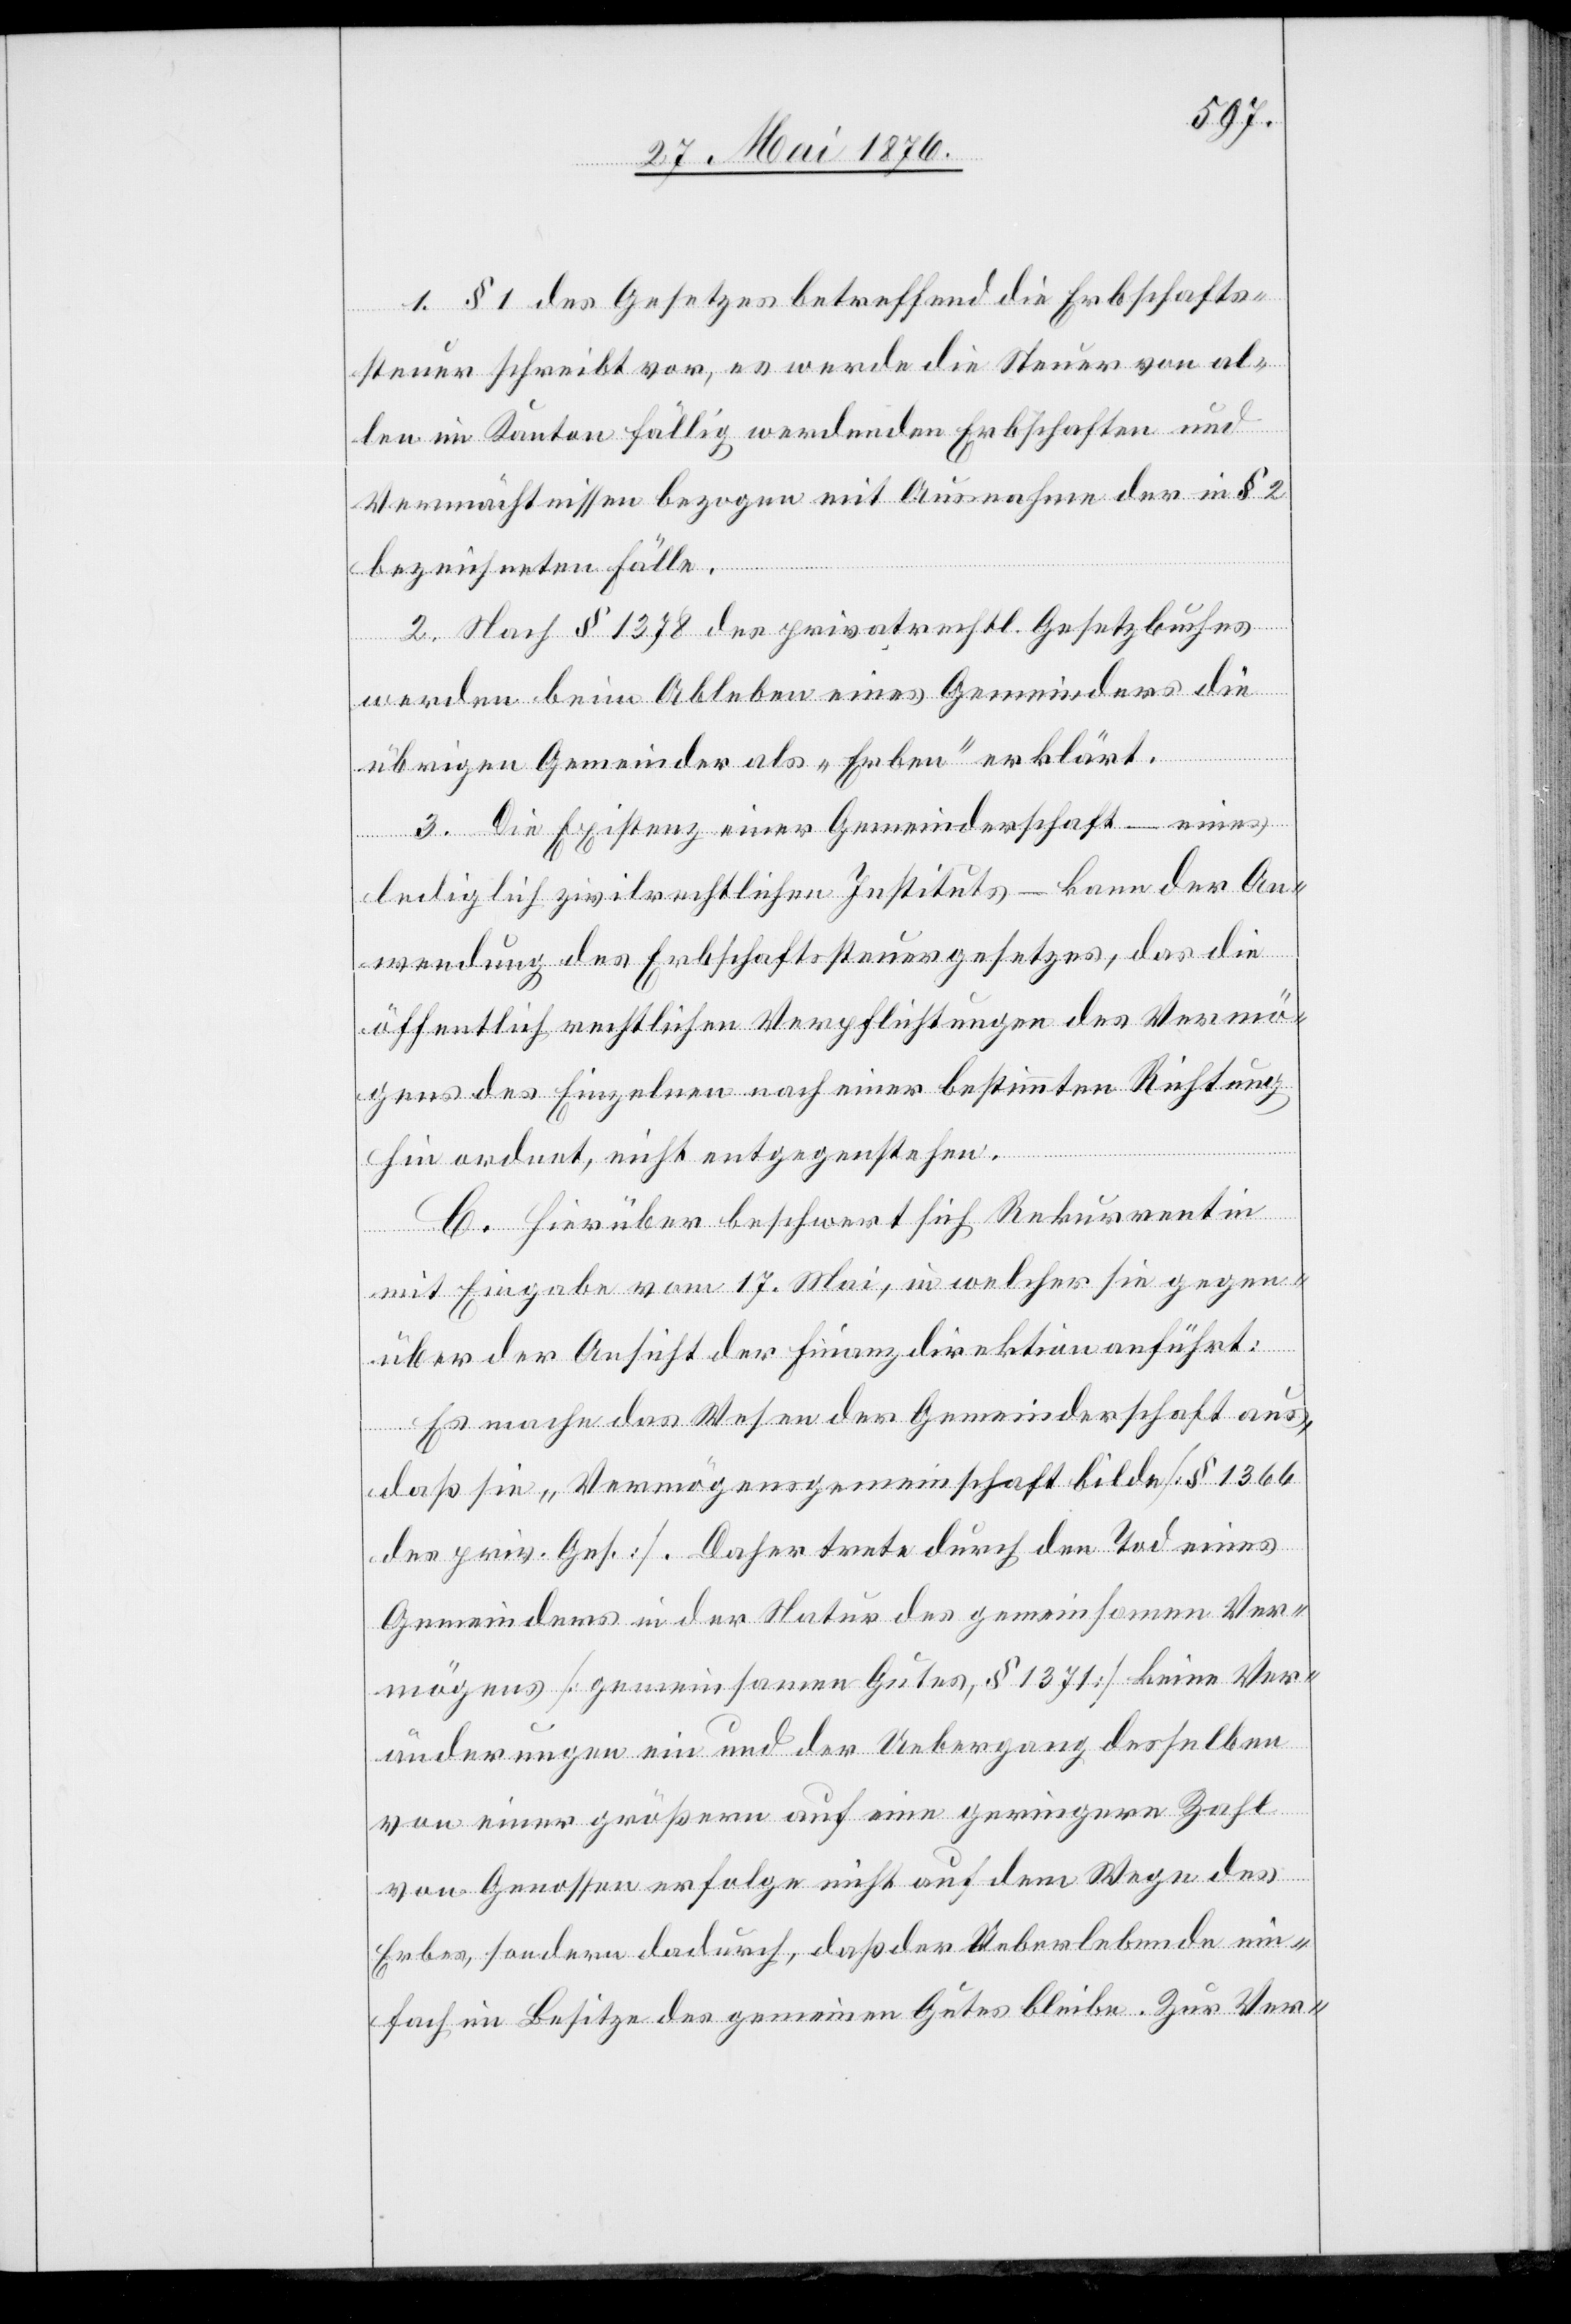
1. § 1 des Gesetzes betreffend die Erbschafts¬
steuer schreibt vor, es werde die Steuer von al¬
len im Kanton fällig werdenden Erbschaften und
Vermächtnissen bezogen mit Ausnahme der in § 2
bezeichneten Fälle.
2. Nach § 1378 des privatrechtlichen Gesetzbuches
werden beim Ableben eines Gemeinders die
übrigen Gemeinder als „Erben“ erklärt.
3. Die Existenz einer Gemeinderschaft – eines
lediglich zivilrechtlichen Instituts – kann der An¬
wendung des Erbschaftssteuergesetzes, der die
öffentlich rechtlichen Verpflichtungen des Vermö¬
gens des Einzelnen nach einer bestimmten Richtung
hin wendet, nicht entgegenstehen.
C. Hierüber beschwert sich Rekurrentin
mit Eingabe vom 17. Mai, in welcher sie gegen¬
über der Ansicht der Finanzdirektion anführt:
Es mache das Wesen der Gemeinderschaft aus,
das sie „Vermögensgemeinschaft bilde[“] [§ 1366
des priv. Ges.]. Daher trete[n] durch den Tod eines
Gemeinders in der Natur des gemeinsamen Ver¬
mögens [gemeinsamen Gutes, § 1371] keine Ver¬
änderungen ein und der Uebergang desselben
von einer größern auf eine geringere Zahl
von Genossen erfolge nicht auf dem Wege des
Erbes, sondern dadurch, daß der Ueberlebende ein¬
fach im Besitze des gemeinen Gutes bleibe. Zur Ver-